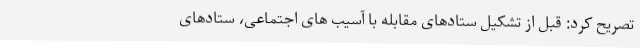
تصریح کرد: قبل از تشکیل ستادهای مقابله با آسیب های اجتماعی، ستادهای